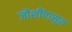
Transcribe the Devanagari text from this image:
जोशींपासून